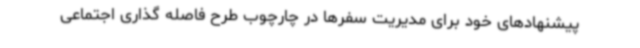
پیشنهادهای خود برای مدیریت سفرها در چارچوب طرح فاصله گذاری اجتماعی